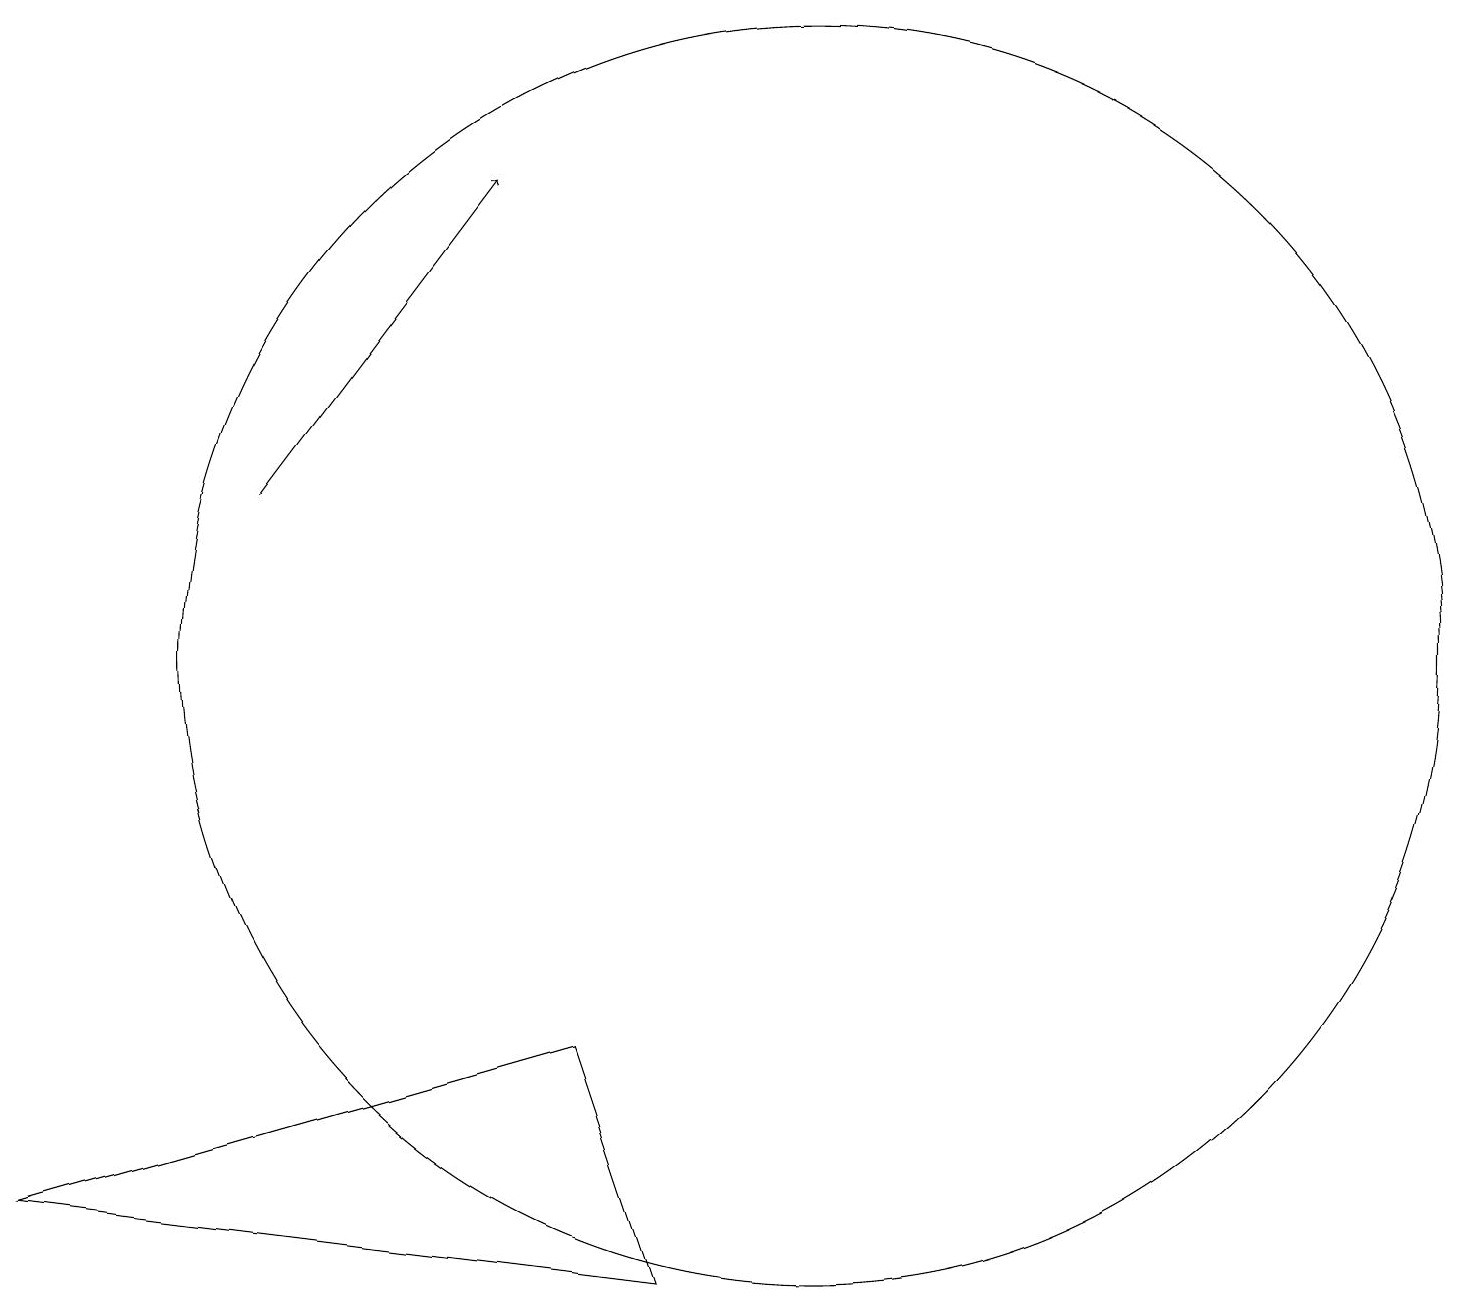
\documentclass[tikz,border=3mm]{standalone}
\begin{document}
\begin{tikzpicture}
\draw (11,10) circle (8);
\draw[->] (4,12) -- (7,16);
\draw (8,5) -- (9,2) -- (1,3) -- cycle;
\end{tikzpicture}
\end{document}